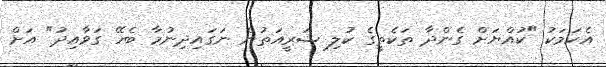
އެކަމަކު "ކުއްޔަށް ގެންދާ ތަކެތީގެ ކުލި ޝަރީއަތުން ނަގައިދިނުމާ ބެހޭ ގަވާއިދު" އަށް